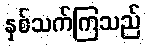
နှစ်သက်ကြသည်